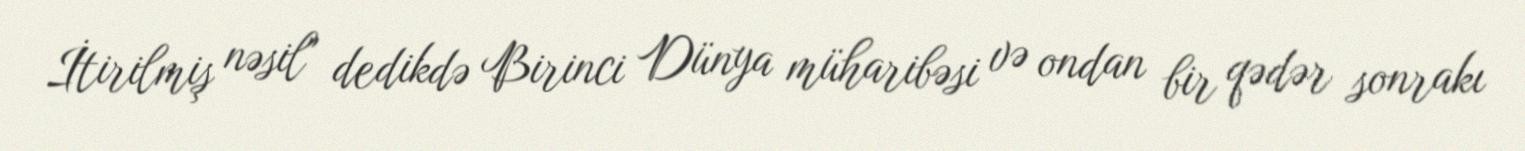
İtirilmiş nəsil" dedikdə Birinci Dünya müharibəsi və ondan bir qədər sonrakı